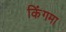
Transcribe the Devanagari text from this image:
किंगमा